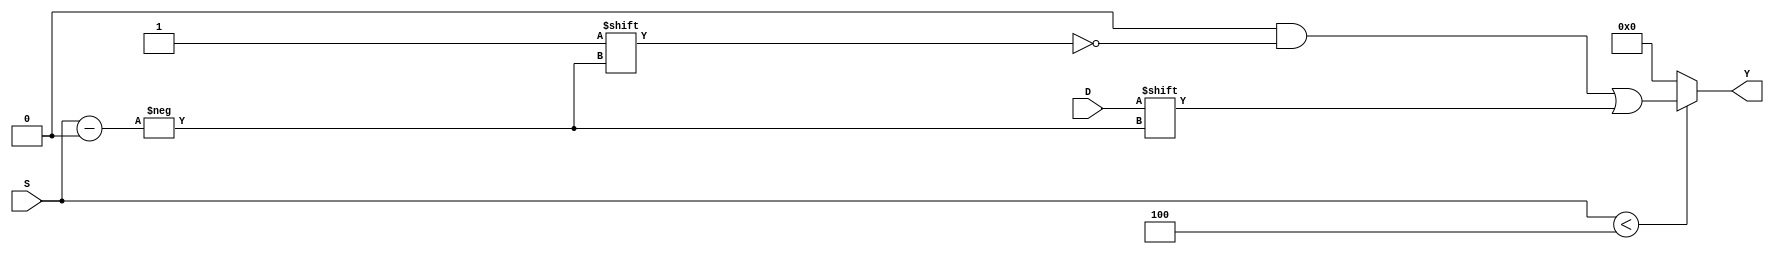
module ParameterizedDemux #(
    parameter N = 4 // Number of output lines, should be a power of 2 for simplicity
) (
    input wire D,                       // Data input
    input wire [$clog2(N)-1:0] S,      // Select lines (ceil(log2(N)))
    output reg [N-1:0] Y                // Output lines
);

    always @(*) begin
        // Default all outputs to low
        Y = {N{1'b0}};
        
        // Check if select lines are within range
        if (S < N) begin
            // Route the data input to the selected output line
            Y[S] = D;
        end
        // If S >= N, Y remains low (can be defined as a specific behavior)
    end

endmodule